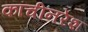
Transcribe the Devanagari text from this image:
कांचीनरेश